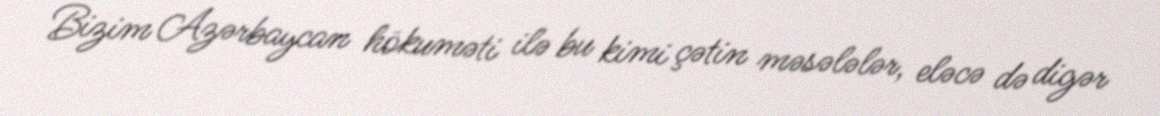
Bizim Azərbaycan hökuməti ilə bu kimi çətin məsələlər, eləcə də digər